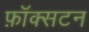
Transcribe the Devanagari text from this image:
फ़ॉक्सटन